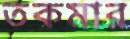
তকমার